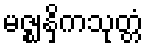
မဇ္ဈနှိကသုတ္တံ